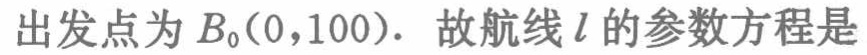
出发点为 \(B_0(0,100)\)．故航线 \(l\) 的参数方程是